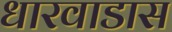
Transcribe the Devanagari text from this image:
धारवाडास